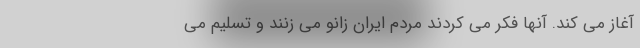
آغاز می کند. آنها فکر می کردند مردم ایران زانو می زنند و تسلیم می